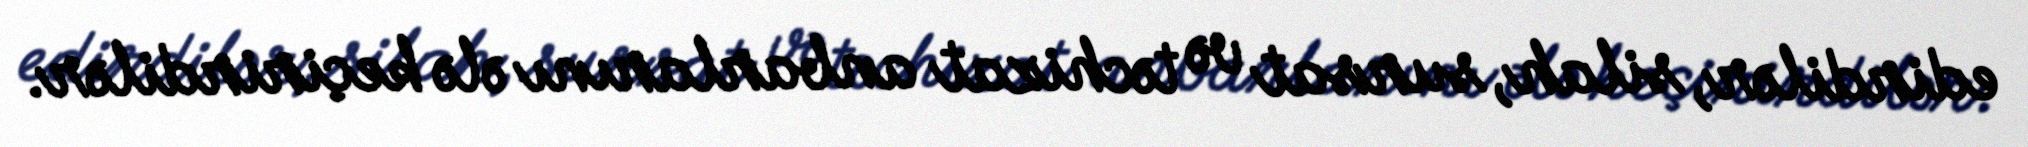
edirdilər, silah, sursat və təchizat anbarlarını ələ keçirirdilər.